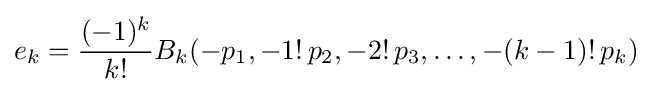
e_{k}={\frac {(-1)^{k}}{k!}}B_{k}(-p_{1},-1!\,p_{2},-2!\,p_{3},\ldots ,-(k-1)!\,p_{k})